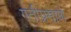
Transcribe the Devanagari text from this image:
गतीप्रमाणे